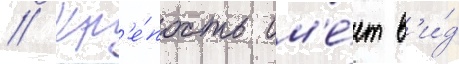
// Кр'е́пость им'е́ет в'и́д